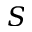
S